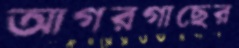
আগরগাছের